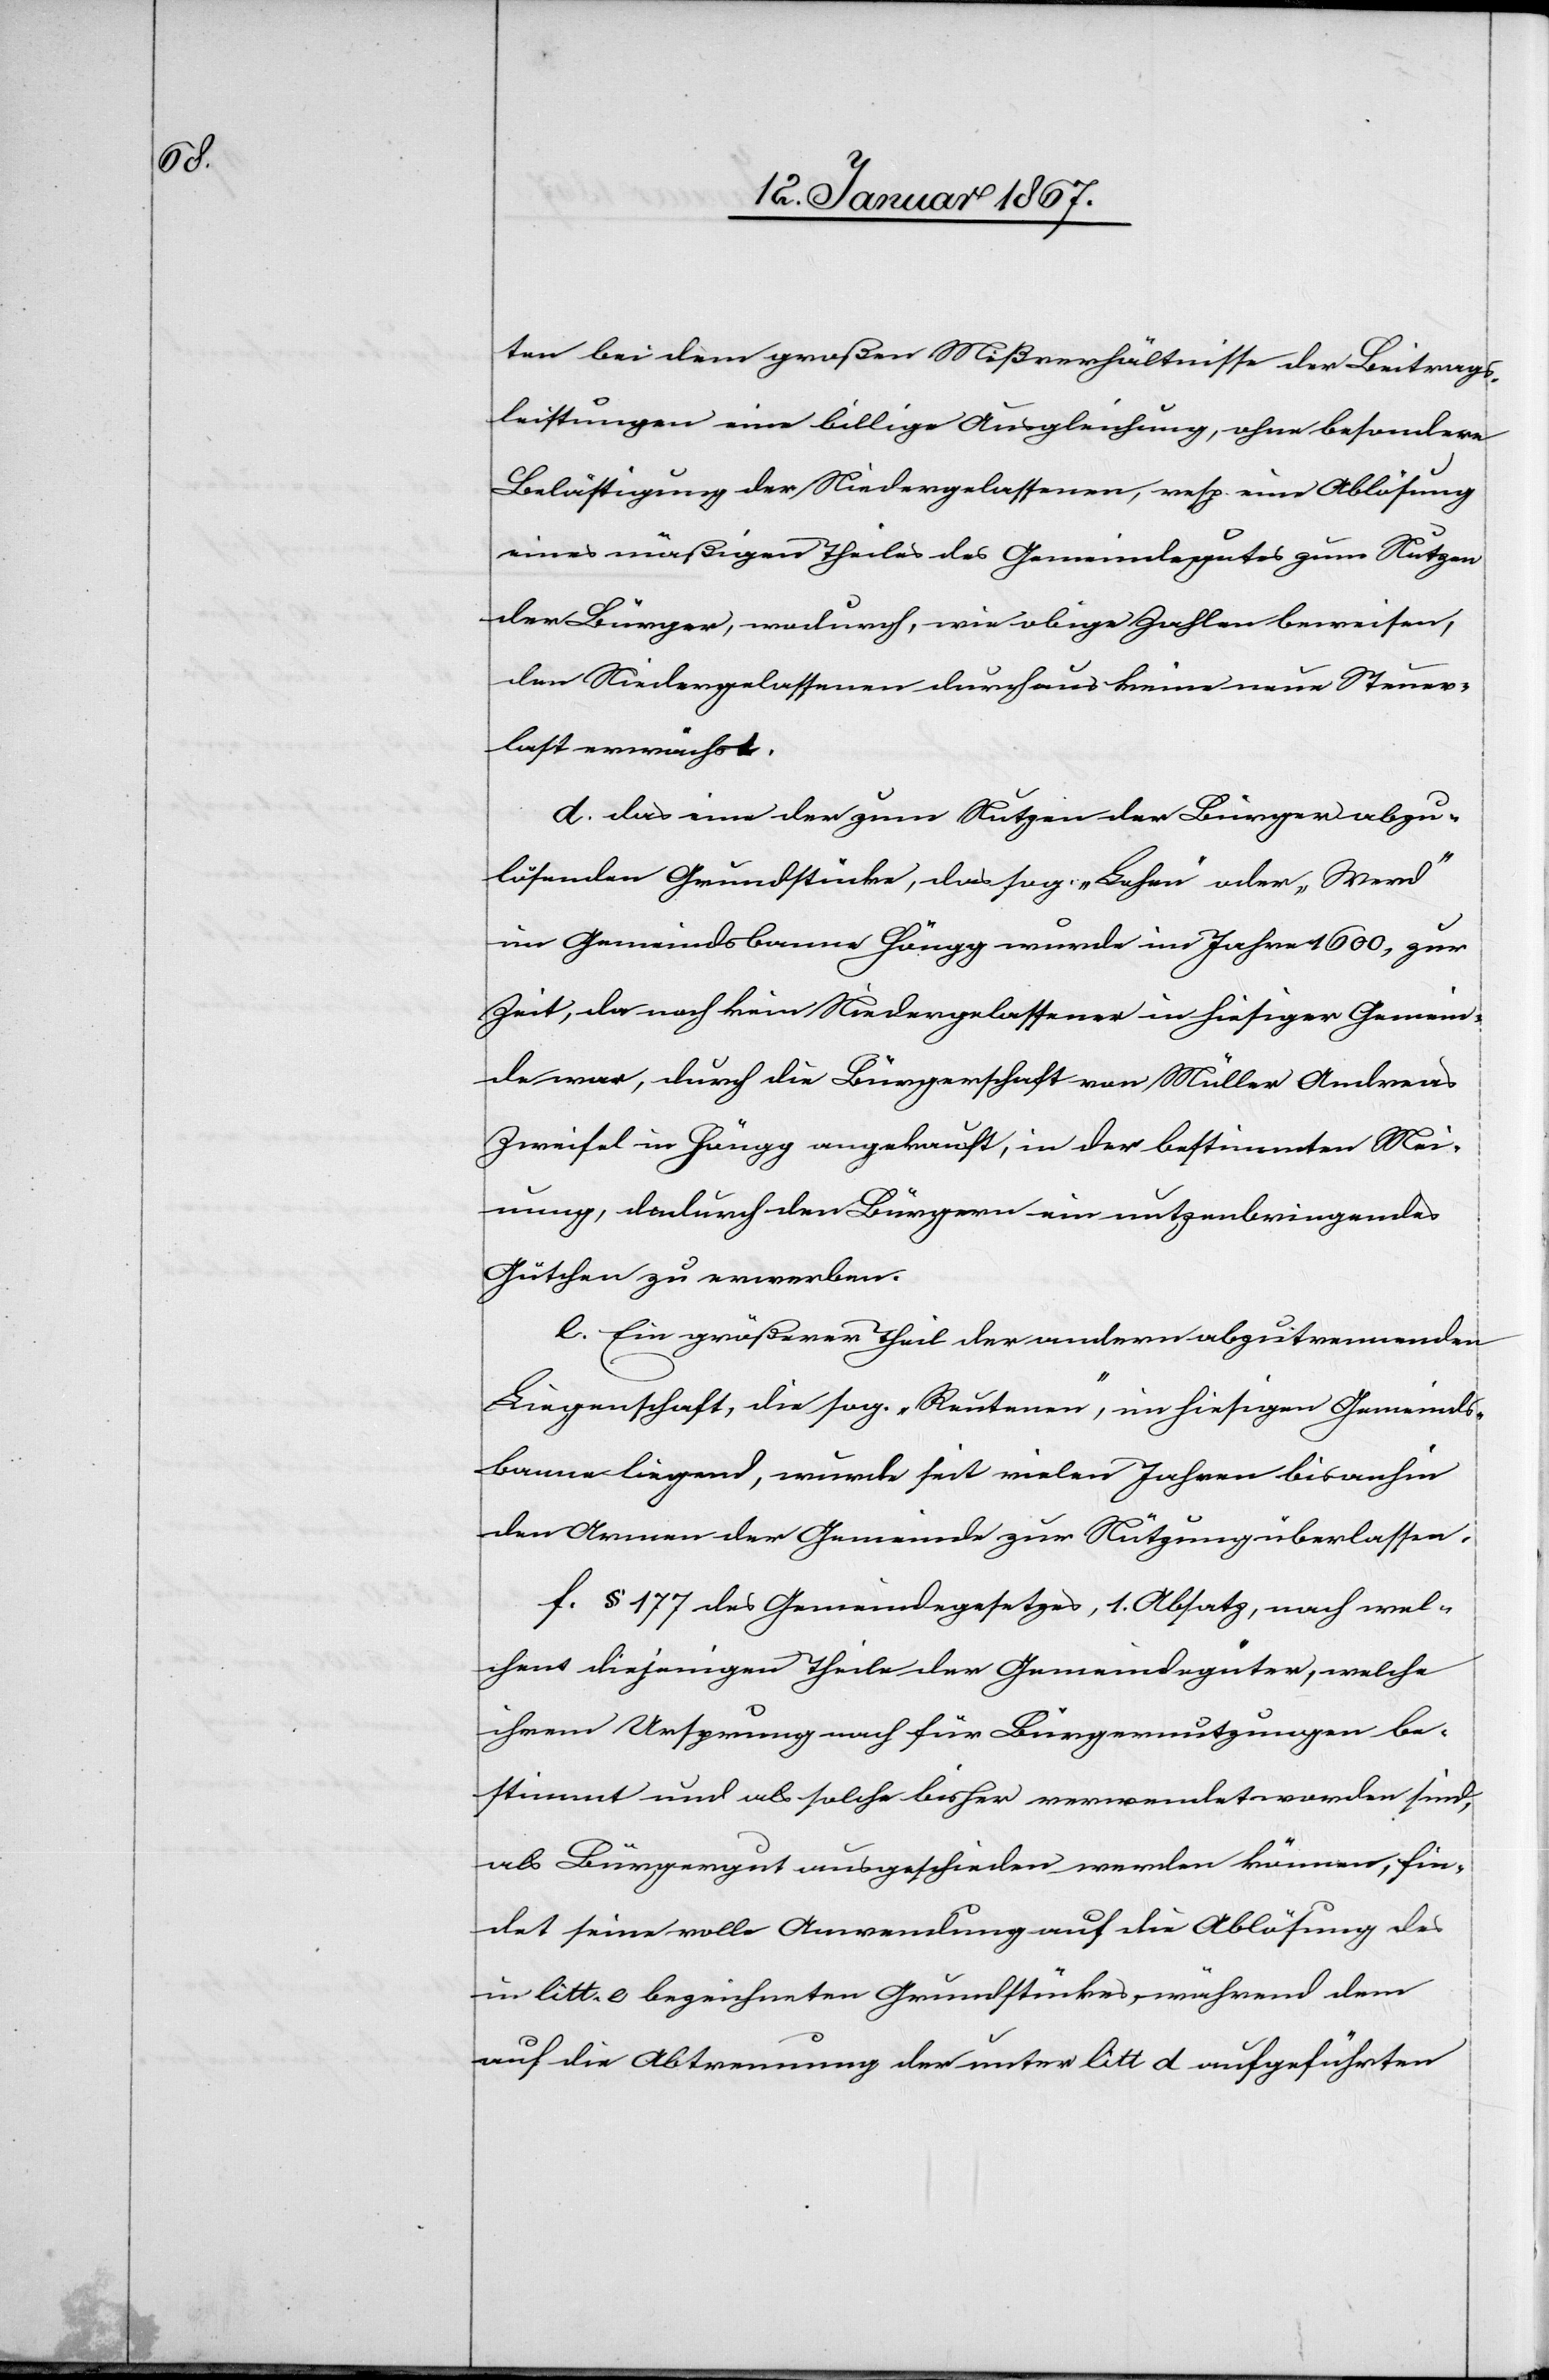
ten bei dem großen Mißverhältnisse der Beitrags¬
leistungen eine billige Ausgleichung, ohne besondere
Belästigung der Niedergelassenen, resp. eine Ablösung
eines mäßigen Theils des Gemeindegutes zum Nutzen
der Bürger, wodurch, wie obige Zahlen beweisen,
den Niedergelassenen durchaus keine neue Steuer¬
last erwächst.
d. das eine der zum Nutzen der Bürger abzu¬
lösenden Grundstücke, das sog. „Lehen“ oder „Werd“
im Gemeindsbanne Höngg wurde im Jahre 1600, zur
Zeit, da noch kein Niedergelassener in hiesiger Gemein¬
de war, durch die Bürgerschaft von Müller Andreas
Zweifel in Höngg angekauft, in der bestimmten Mei¬
nung, dadurch den Bürgern ein nutzenbringendes
Gütchen zu erwerben.
e. Ein größeren Theil der andern abzutrennenden
Liegenschaft, die sog. „Reutenen“, in hiesigem Gemeinds¬
banne liegend, würde seit vielen Jahren bisanhin
den Armen der Gemeinde zu Nützung überlassen.
f. § 177 des Gemeindegesetzes, 1. Absatz, nach wel¬
chem diejenigen Theile der Gemeindegüter, welche
ihrem Ursprung nach für Bürgernutzungen be¬
stimmt und als solche bisher verwendet worden sind,
als Bürgergut ausgeschieden werden können, fin¬
det seine volle Anwendung auf die Ablösung des
in litt. e bezeichneten Grundstückes, während dem
auf die Abtrennung der unter litt d aufgeführten